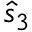
{ \hat { s } } _ { 3 }